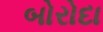
બોરોદા